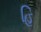
હિ